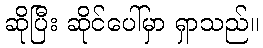
ဆိုပြီး ဆိုင်ပေါ်မှာ ရှာသည်။